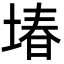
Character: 堾